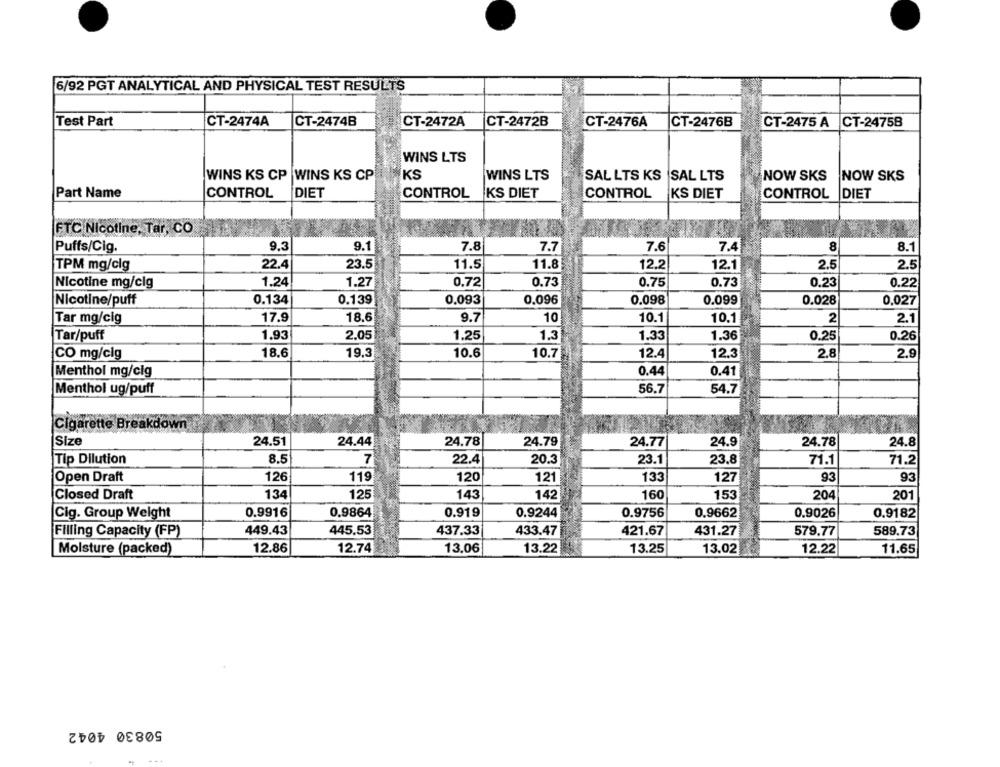
6/92 PGT ANALYTICAL AND PHYSICAL TEST RESULTS
Test Part
CT-2474A
CT-2474B
CT-2472A
CT-2472B
CT-2476A
CT-2476B
CT-2475 A
CT-24758
WINS LTS
WINS KS CP
WINS KS CP
KS
WINS LTS
SAL LTS KS |SAL LTS
NOW SKS
NOW SKS
KS DIET
Part Name
CONTROL
DIET
CONTROL
CONTROL
KS DIET
CONTROL
DIET
FTC Nicotine, Tar, CO
9.1
8
Puffs/Cig.
9.3
7.8
7.7
7.6
7.4
8.1
TPM mg/cig
22.4
23.5
11.5
11.8
12.2
12.1
2.5
2.5
Nicotine mg/clg
1.24
1.27
0.72
0.73
0.75
0.73
0.23
0.22
0.139
0.093
Nicotine/puff
0.134
0.096
0.098
0.099
0.028
0,027
Tar mg/cig
17.9
18.6
9.7
10
10.1
10.1
2
2.1
Tar/puff
1.93
2.05
1.25
1.3
1.33
1.36
0.25
0.26
18.6
19.3
10.6
10.7
12.4
2.8
2.9
CO mg/cig
12.3
Menthol mg/cig
0.44
0.41
Menthol ug/puff
56.7
54.7
Cigarette Breakdown
Size
24.51
24.44
24.78
24.79
24.77
24.9
24.78
24.8
Tip Dilution
8.5
7
22.4
20.3
23.1
23.8
71.1
71.2
Open Draft
126
119
120
121
133
127
93
93
Closed Draft
134
125
143
142
160
153
204
201
Cig. Group Weight
0.9916
0.9864
0.919
0.9244
0.9756
0.9662
0.9026
0.9182
Filling Capacity (FP)
449.43
445.53
437.33
433.47
421.67
431.27
579.77
589.73
Moisture (packed)
12.86
12.74
13.06
13.22
13.25
13.02
12.22
11.65
50830 4042